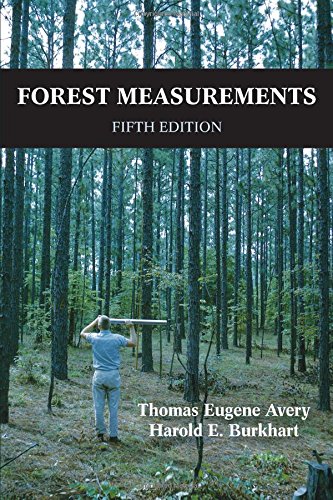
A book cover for Forest Measurements, Fifth Edition; Thomas Eugene Avery; Science & Math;